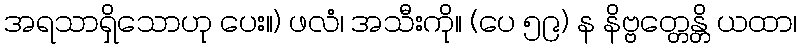
အရသာရှိသောဟု ပေး။) ဖလံ၊ အသီးကို။ (ပေ ၅၉) န နိဗ္ဗတ္တေန္တိ ယထာ၊